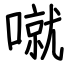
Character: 噈